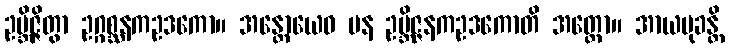
ဥဗ္ဘိဇ္ဇိတွာ ဥဂ္ဂစ္ဆနကဥဒကော။ အန္တောယေဝ ပန ဥဗ္ဘိဇ္ဇနကဥဒကောတိ အတ္ထော။ အာယမုခန္တိ